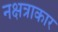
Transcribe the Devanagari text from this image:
नक्षत्राकार